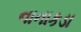
નાનાકડા